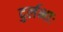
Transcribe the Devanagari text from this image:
दुर्लभाः